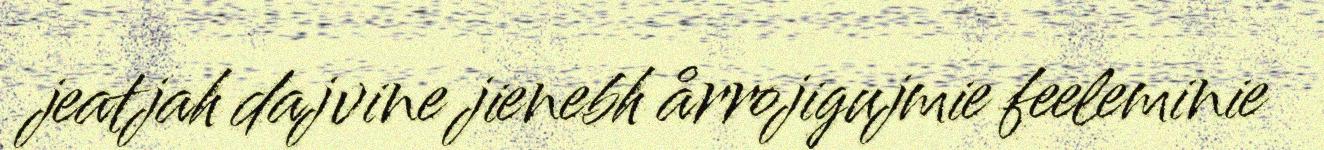
jeatjah dajvine jienebh årrojigujmie feeleminie